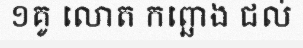
១គូ លោត កព្ឆោង ជល់